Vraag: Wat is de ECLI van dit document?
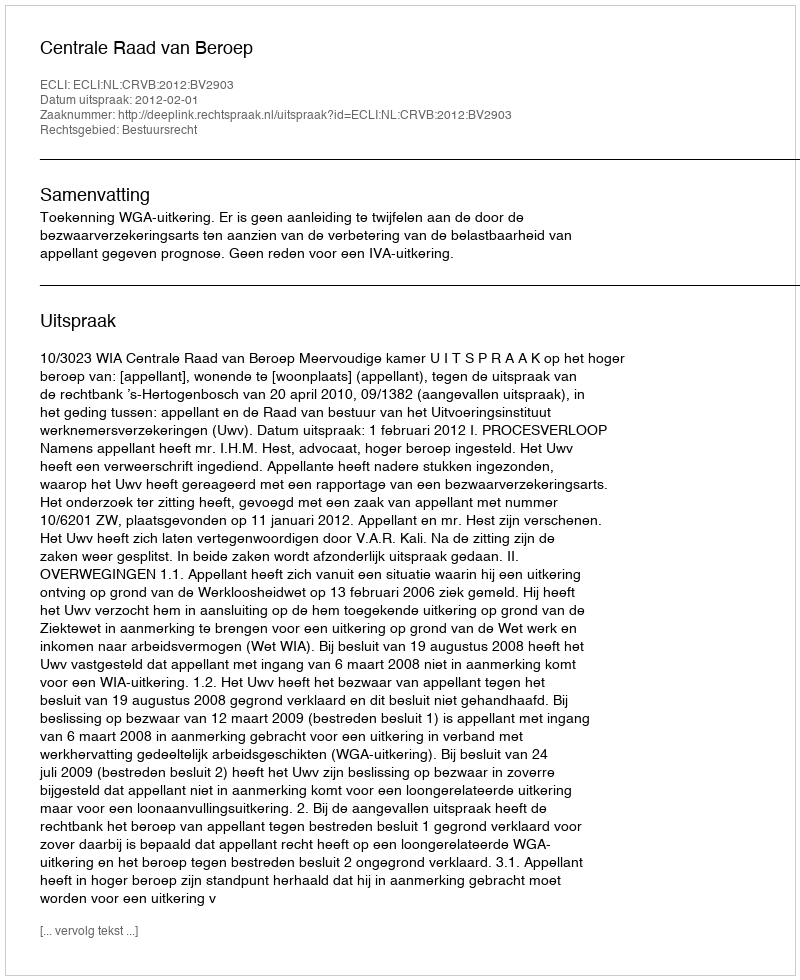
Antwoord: ECLI:NL:CRVB:2012:BV2903